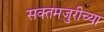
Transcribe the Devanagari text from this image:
सक्तमजुरीच्या